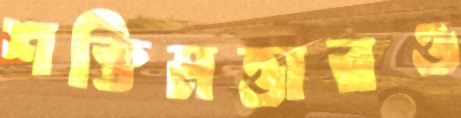
শক্তিমত্তারও